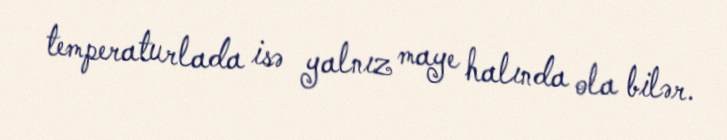
temperaturlada isə yalnız maye halında ola bilər.